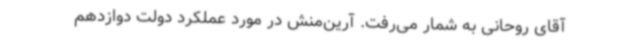
آقای روحانی به شمار می‌رفت. آرین‌منش در مورد عملکرد دولت دوازدهم